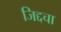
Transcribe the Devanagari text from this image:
जिद्दचा